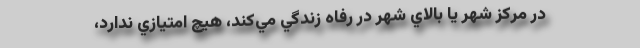
در مركز شهر يا بالاي شهر در رفاه زندگي مي‌كند، هيچ امتيازي ندارد،